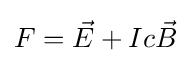
F={\vec {E}}+Ic{\vec {B}}